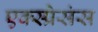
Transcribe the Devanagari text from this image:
एक्स्प्रेसंस